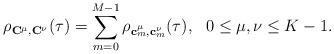
LaTeX: \begin{align*}{\rho}_{\mathbf{C}^\mu,\mathbf{C}^\nu}(\tau)=\sum\limits_{m=0}^{M-1}\rho_{\mathbf{c}^\mu_m,\mathbf{c}^\nu_m}(\tau),~~0\leq \mu,\nu\leq K-1.\end{align*}